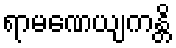
ရာမဏေယျကန္တိ